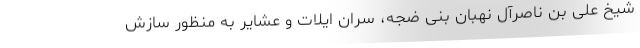
شیخ علی بن ناصرآل نهبان بنی ضجه، سران ایلات و عشایر به منظور سازش